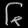
Digit: ၆